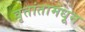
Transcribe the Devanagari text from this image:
वृतांतामधून